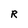
Character: R